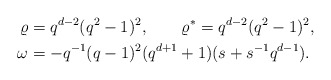
\begin{align*}\varrho &= q^{d-2}(q^2-1)^2, \qquad \varrho^* = q^{d-2}(q^2-1)^2,\\\omega &= - q^{-1} (q-1)^2 (q^{d+1}+1) (s+s^{-1}q^{d-1}).\end{align*}